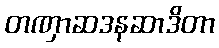
တဏှာဆဒနဆာဒိတာ